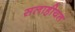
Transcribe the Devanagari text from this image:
सलाहीयत